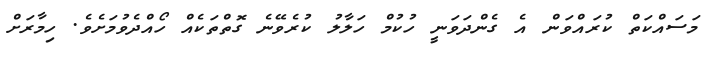
މަސައްކަތް ކުރައްވަން އެ ގެންދަވަނީ ހުކުމް ހަލާލު ކުރެވޭނެ ގޮތްތަކެއް ހޯއްދެވުމަށެވެ. ހިމާރަށް